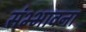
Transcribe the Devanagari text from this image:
संभ्भावना